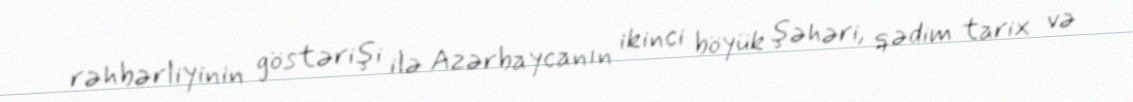
rəhbərliyinin göstərişi ilə Azərbaycanın ikinci böyük şəhəri, qədim tarix və